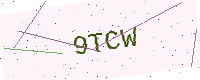
Text: 9TCW